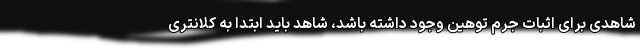
شاهدی برای اثبات جرم توهین وجود داشته باشد، شاهد باید ابتدا به کلانتری